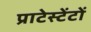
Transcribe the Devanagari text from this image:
प्राटेस्टेंटों